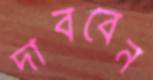
দাববেন